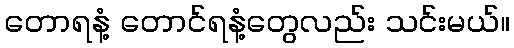
တောရနံ့ တောင်ရနံ့တွေလည်း သင်းမယ်။